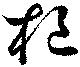
樞